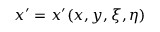
x ^ { \prime } = x ^ { \prime } ( x , y , \xi , \eta )